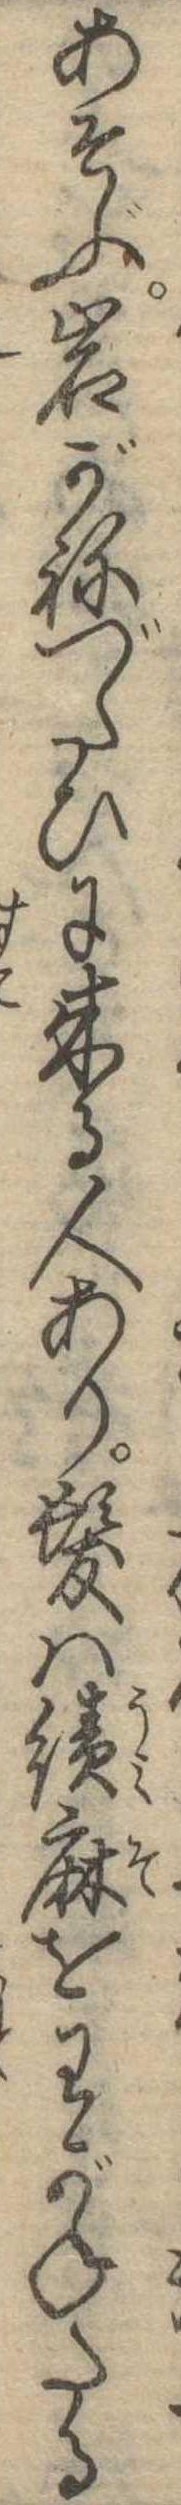
あそぶ岩がねづたひに来る人あり髪は績麻をわがねたる